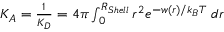
\begin{array} { r } { K _ { A } = \frac { 1 } { K _ { D } } = 4 \pi \int _ { 0 } ^ { R _ { S h e l l } } r ^ { 2 } e ^ { - w ( r ) / k _ { B } T } \; d r } \end{array}